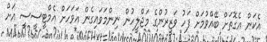
އެކަން އެގޮތަށް ބޭއްވުމަށް ފަހު ވަޒީރުންގެ މަޖްލީހުން ނިންމަވައިގެން އަވަހަށް އެމްޓީސީސީ އަށް